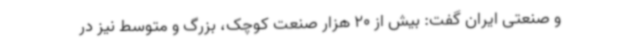
و صنعتی ایران گفت: بیش از 20 هزار صنعت کوچک، بزرگ و متوسط نیز در